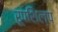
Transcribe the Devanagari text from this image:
रूपशिल्प